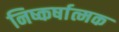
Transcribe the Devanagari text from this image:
निष्कर्षात्मक